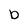
Character: b